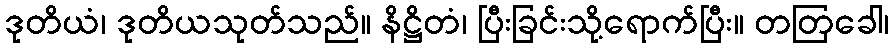
ဒုတိယံ၊ ဒုတိယသုတ်သည်။ နိဋ္ဌိတံ၊ ပြီးခြင်းသို့ရောက်ပြီး။ တတြခေါ၊